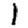
Digit: 1